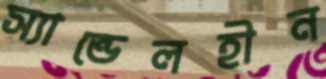
স্যান্ডেলহীন